Madras plague regulations and rules - Volume 2
Disease focus: Plague
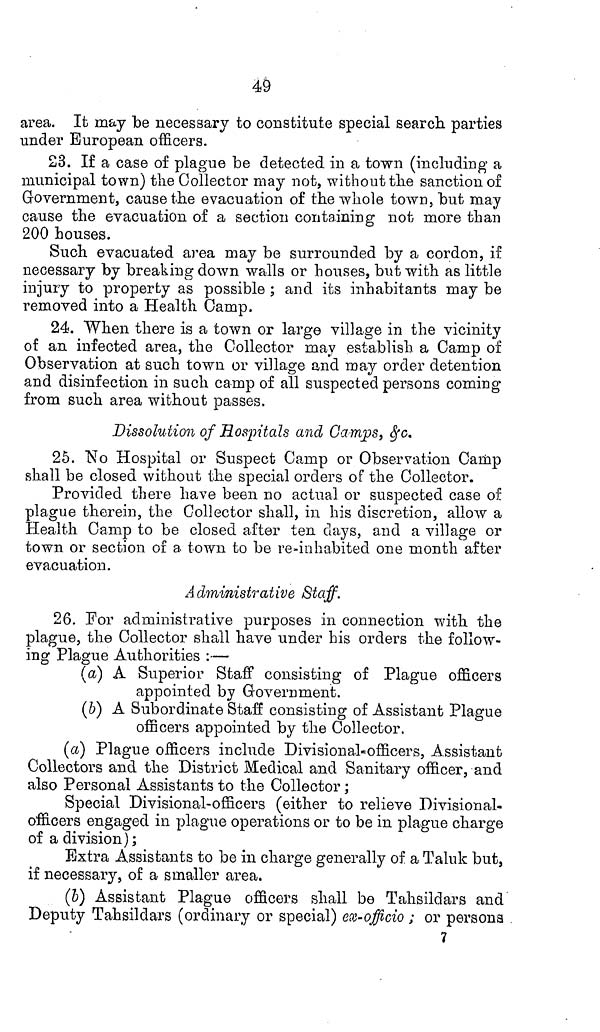
49
area. It may be necessary to constitute special search parties
under European officers.
23. If a case of plague be detected in a town (including a
municipal town) the Collector may not, without the sanction of
Government, cause the evacuation of the whole town, but may
cause the evacuation of a section containing not more than
200 houses.
Such evacuated area may be surrounded by a cordon, if
necessary by breaking down walls or houses, but with as little
injury to property as possible ; and its inhabitants may be
removed into a Health Camp.
24. When there is a town or large village in the vicinity
of an infected area, the Collector may establish a Camp of
Observation at such town or village and may order detention
and disinfection in such camp of all suspected persons coming
from such area without passes.
Dissolution of Hospitals and Camps, &c.
25. No Hospital or Suspect Camp or Observation Camp
shall be closed without the special orders of the Collector.
Provided there have been no actual or suspected case of
plague therein, the Collector shall, in his discretion, allow a
Health Camp to be closed after ten days, and a village or
town or section of a town to be re-inhabited one month after
evacuation.
Administrative Staff.
26. For administrative purposes in connection with the
plague, the Collector shall have under his orders the follow-
ing Plague Authorities :—
(a) A Superior Staff consisting of Plague officers
appointed by Government.
(b) A Subordinate Staff consisting of Assistant Plague
officers appointed by the Collector.
(a) Plague officers include Divisional-officers, Assistant
Collectors and the District Medical and Sanitary officer, and
also Personal Assistants to the Collector;
Special Divisional-officers (either to relieve Divisional-
officers engaged in plague operations or to be in plague charge
of a division);
Extra Assistants to be in charge generally of a Taluk but,
if necessary, of a smaller area.
(b) Assistant Plague officers shall be Tahsildars and
Deputy Tahsildars (ordinary or special) ex-officio ; or persona
7